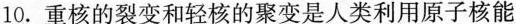
10.重核的裂变和轻核的聚变是人类利用原子核能